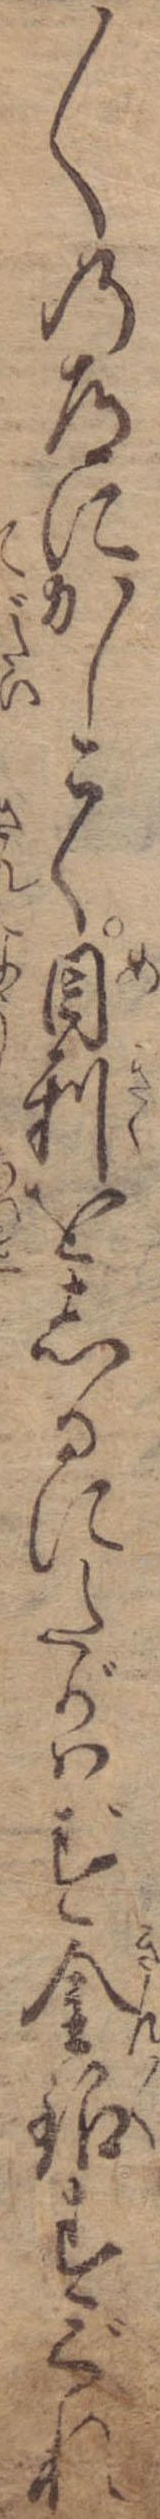
〱の道にかしこく目利をしるにたがはず金銀すぐれ